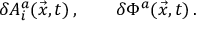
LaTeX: \delta A _ { i } ^ { a } ( \vec { x } , t ) \, , \qquad \delta \Phi ^ { a } ( \vec { x } , t ) \, .